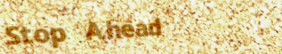
Stop Ahead